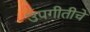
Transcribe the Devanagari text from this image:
उपगीतीचे